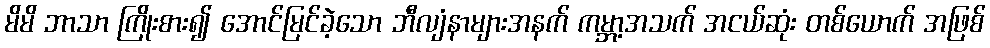
မိမိ ဘာသာ ကြိုးစား၍ အောင်မြင်ခဲ့သော ဘီလျံနာများအနက် ကမ္ဘာ့အသက် အငယ်ဆုံး တစ်ယောက် အဖြစ်